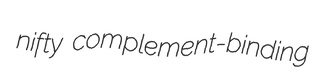
nifty complement-binding